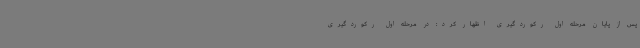
پس از پایان مرحله اول رکوردگیری اظهار کرد: در مرحله اول رکوردگیری